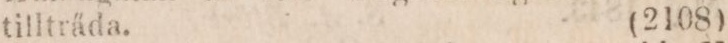
tillträda.    (2108)